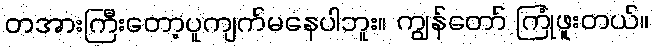
တအားကြီးတော့ပူကျက်မနေပါဘူး။ ကျွန်တော် ကြုံဖူးတယ်။